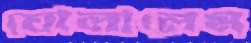
ঘোলালেম